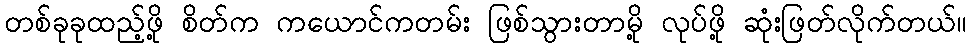
တစ်ခုခုထည့်ဖို့ စိတ်က ကယောင်ကတမ်း ဖြစ်သွားတာမို့ လုပ်ဖို့ ဆုံးဖြတ်လိုက်တယ်။